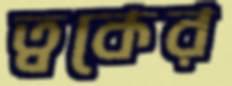
ত্বকের